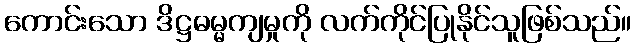
ကောင်းသော ဒိဋ္ဌဓမ္မကျမှုကို လက်ကိုင်ပြုနိုင်သူဖြစ်သည်။